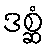
ဒစ္ဆံ